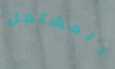
المشتعل